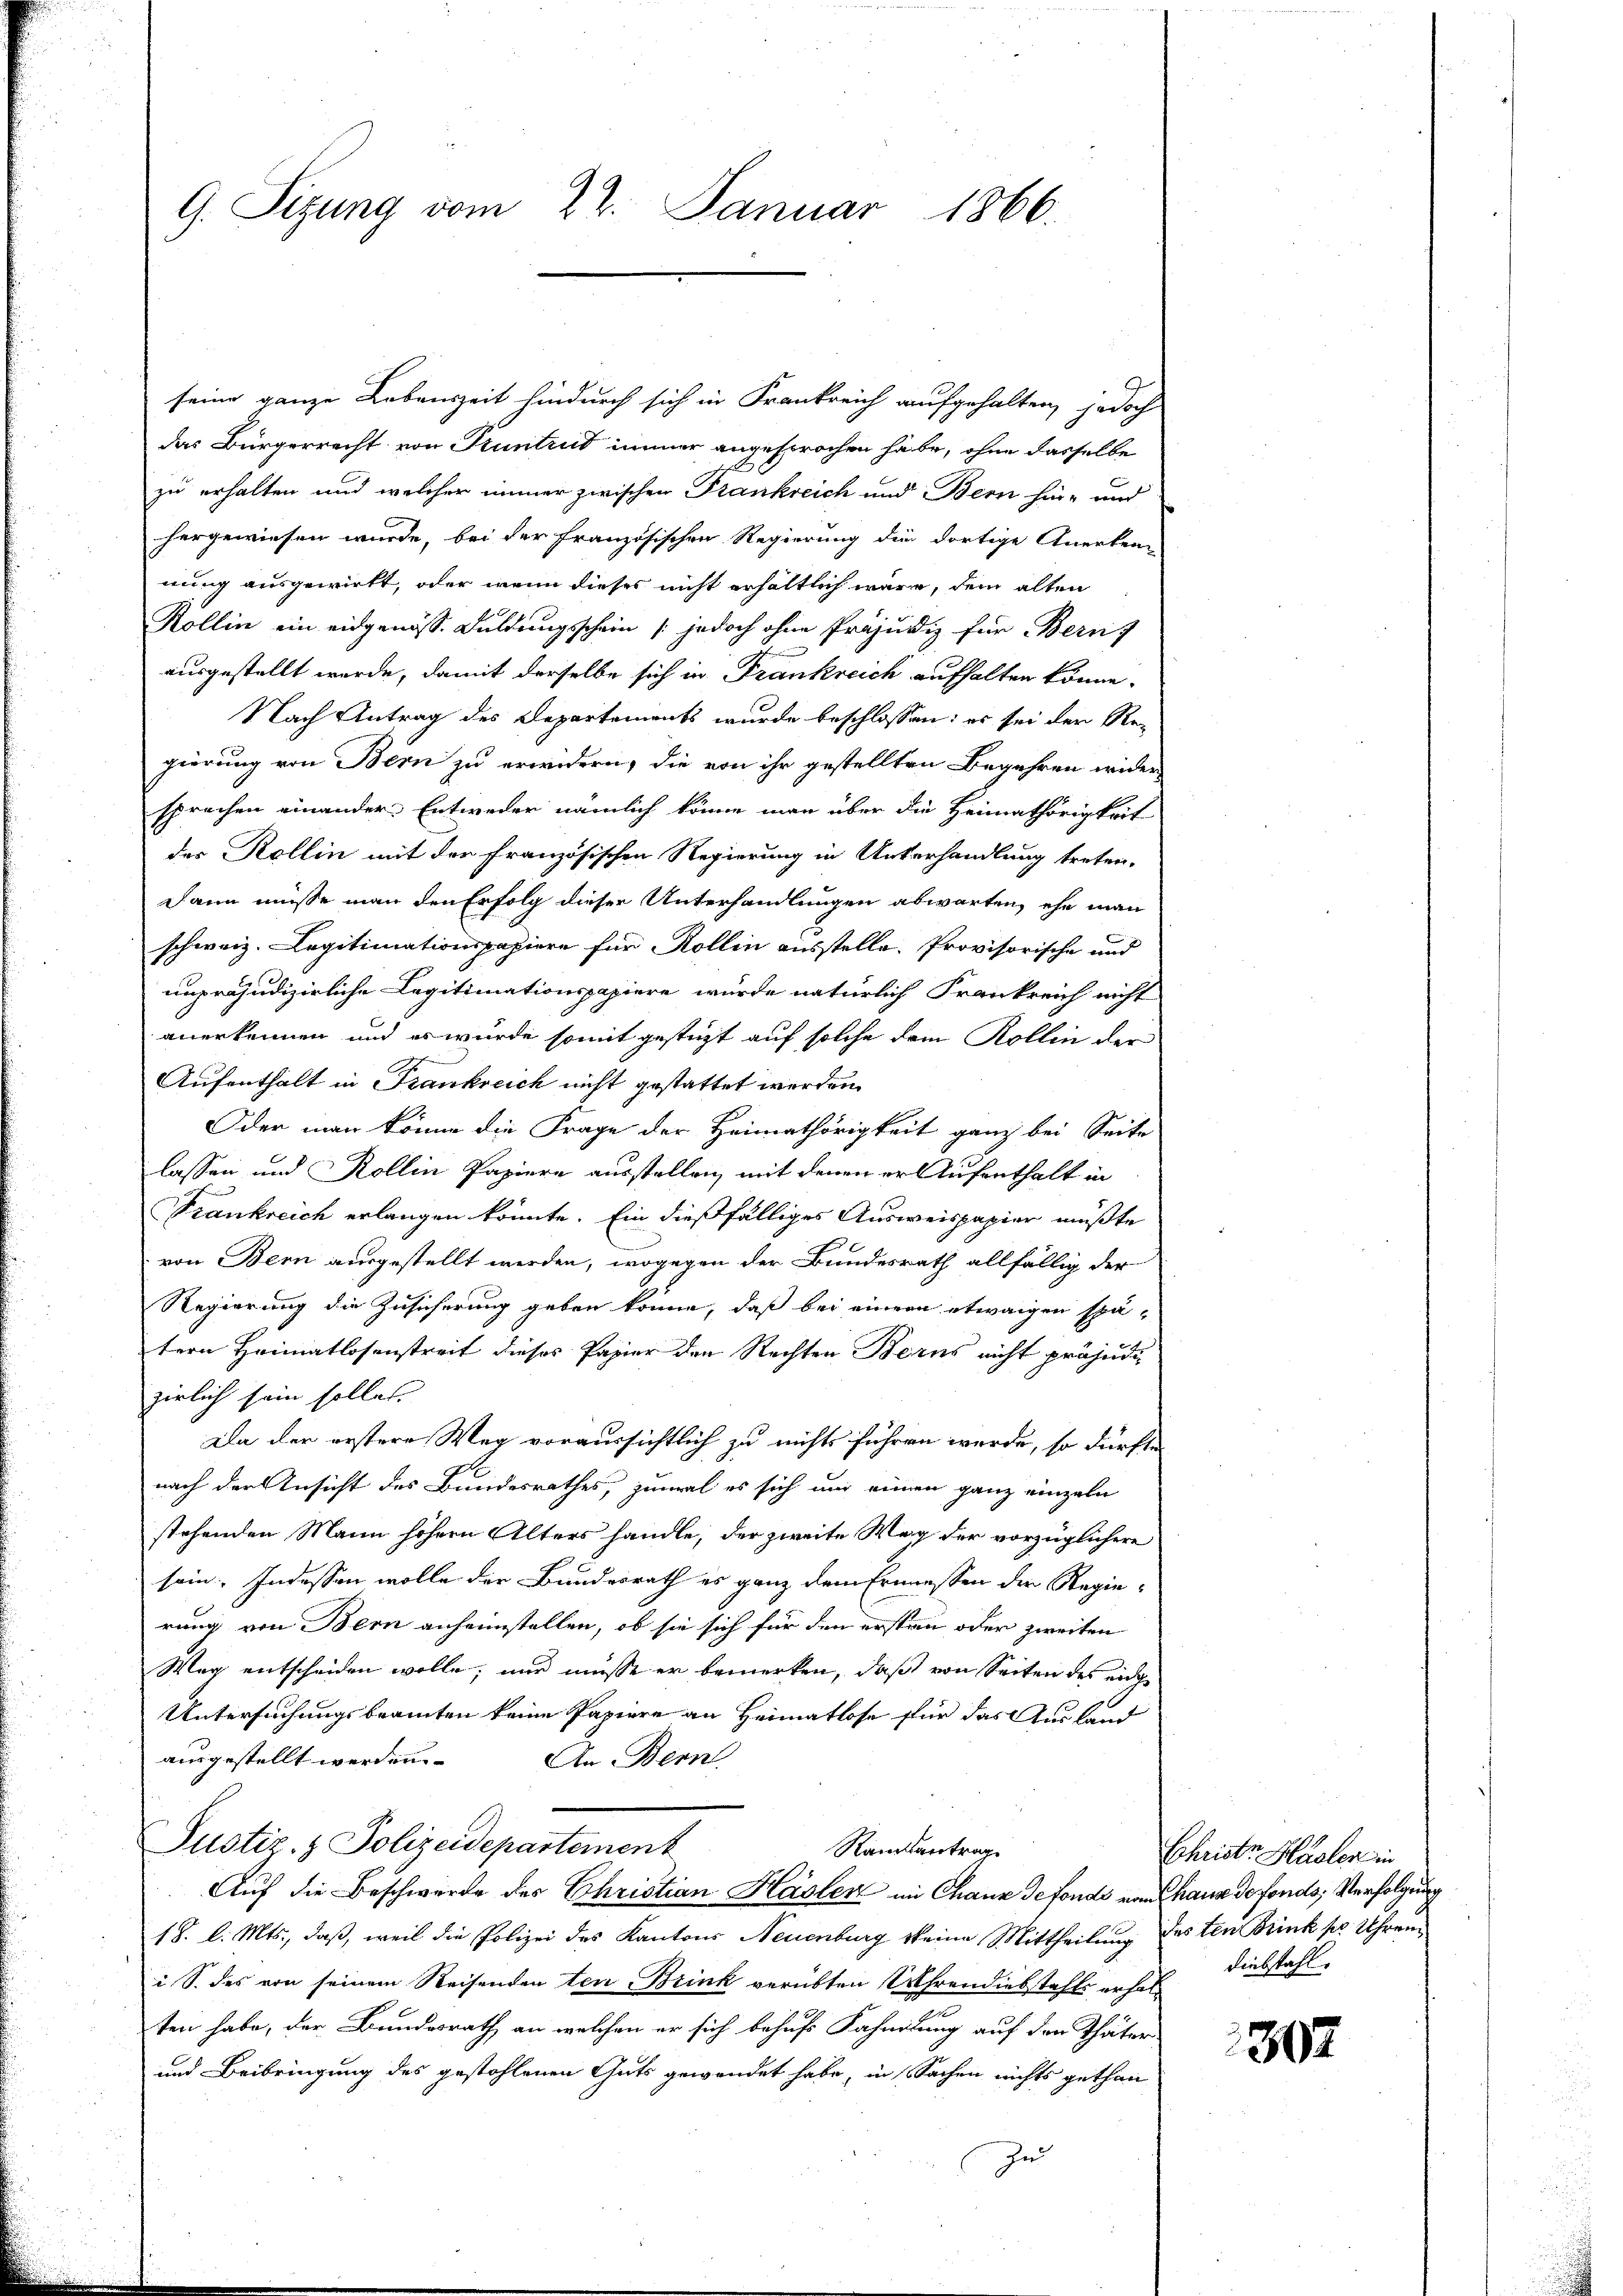
G. Sizung vom 22. Januar 1866.

seine ganze Lebenszeit hindurch sich in Frankreich aufgehalten, jedoch
das Bürgerrecht von Stuntrut immer angesprochen habe, ohne dasselbe
zu erhalten und welcher immer zwischen Frankreich und Bern hier- und
hergewiesen wurde, bei der Französischen Regierung der dortige Anerkennung ausgewirkt, oder wenn dieses nicht erhältlich wäre, dem alten
Kollin ein eidgenöss. Duldungsschein (jedoch ohne Präjudiz für Bern 7
ausgestellt werde, damit derselbe sich in Frankreich aufhalten könne.
Nach Antrag des Departements wurde beschlossen: es sei der Regierung von Bern zu erwidern, die von ihr gestellten Begehren wider-
sprechen einander Entweder nämlich könne man über die Heimathörigkeit
der Kollin mit der französischen Regierung in Unterhandlung treten.
Dann müsse man den Erfolg dieser Unterhandlungen abwarten, ehe man
schweiz. Legitimationspapiere für Rollin ausstelle. Provisorische und
unpräjudizierliche Legitimationspapiere wurde natürlich Frankreich nicht
anerkennen und es wurde somit gestüzt auf solche dem Kollin der
Aufenthalt in Frankreich nicht gestattet werden.
Oder man könne die Frage der Heimathörigkeit ganz bei Seite
lassen und Kollin Papiere ausstellen, mit denen er Aufenthalt in
Frankreich erlangen könnte. Ein dießfälliges Ausweispapier müßte
von Bern ausgestellt werden, wogegen der Bundesrath allfällig der
Regierung die Zusicherung geben könne, daß bei einem etwaigen spä-
tern Heimatlosenstreit dieses Papier den Rechten Berns nicht präjudi
zirlich sein sollen.
Da der erstere Weg voraussichtlich zu nichts führen werde, so dürfte
nach der Ansicht des Bundesrathes, zumal es sich und einen ganz einzeln
stehenden Mann höhern Alters handle, der zweite Weg der vorzüglichere
sein. Indessen wolle der Bundesrath es ganz dem Ermessen der Regierung von Bern anheimstellen, ob sie sich für den ersten oder zweiten
Mag entscheiden wolle, nur müsse er bemerken, daß von Seiten des einge
Untersuchungsbeamten keine Papiere an Heimatlose für das Ausland
ausgestellt werden.
An Bern
Justiz- & Polizeidepartement
Ramantrag
Auf die Beschwerde des Christian Hasler im Chaux de fonds von Chaus de fonds; Verfolgung
18. l. Mts., daß, weil die Polizei des Kantons Neuenburg keine Mittheilung des ten Brink pr Uhren
i S. des von seinem Reisenden ten Brink verübten Uhrendiebstahls erhalten habe, der Bundesrath an welchen er sich behufs Fahndlung auf den Thäter
und Beibringung des gestohlenen Guts gewendet habe, in Sachen nichts gethan
Ind

Christe Hasler in
Diebstahl.

307